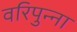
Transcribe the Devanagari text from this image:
वरिपुन्‍ना